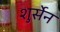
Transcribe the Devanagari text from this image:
शुर्सेन